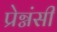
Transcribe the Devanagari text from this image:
प्रेग्नंसी